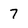
Character: 7